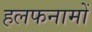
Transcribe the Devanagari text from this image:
हलफनामों